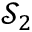
\mathcal { S } _ { 2 }